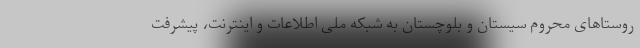
روستاهای محروم سیستان و بلوچستان به شبکه ملی اطلاعات و اینترنت، پیشرفت